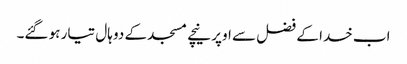
اب خدا کے فضل سے اوپر نیچے مسجد کے دو ہال تیار ہو گئے۔